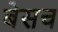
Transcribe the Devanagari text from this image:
बेसच